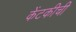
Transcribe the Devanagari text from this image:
केंटकीची